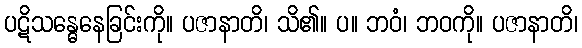
ပဋိသန္ဓေနေခြင်းကို။ ပဇာနာတိ၊ သိ၏။ ပ။ ဘဝံ၊ ဘဝကို။ ပဇာနာတိ၊